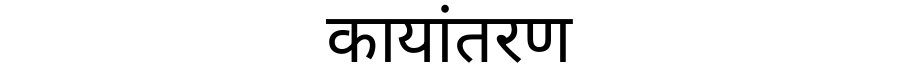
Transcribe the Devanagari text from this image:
कायांतरण